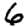
Digit: 6